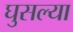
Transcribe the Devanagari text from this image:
घुसल्या